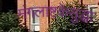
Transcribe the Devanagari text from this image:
मंगलाष्टकेसुद्धा